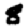
Digit: 8